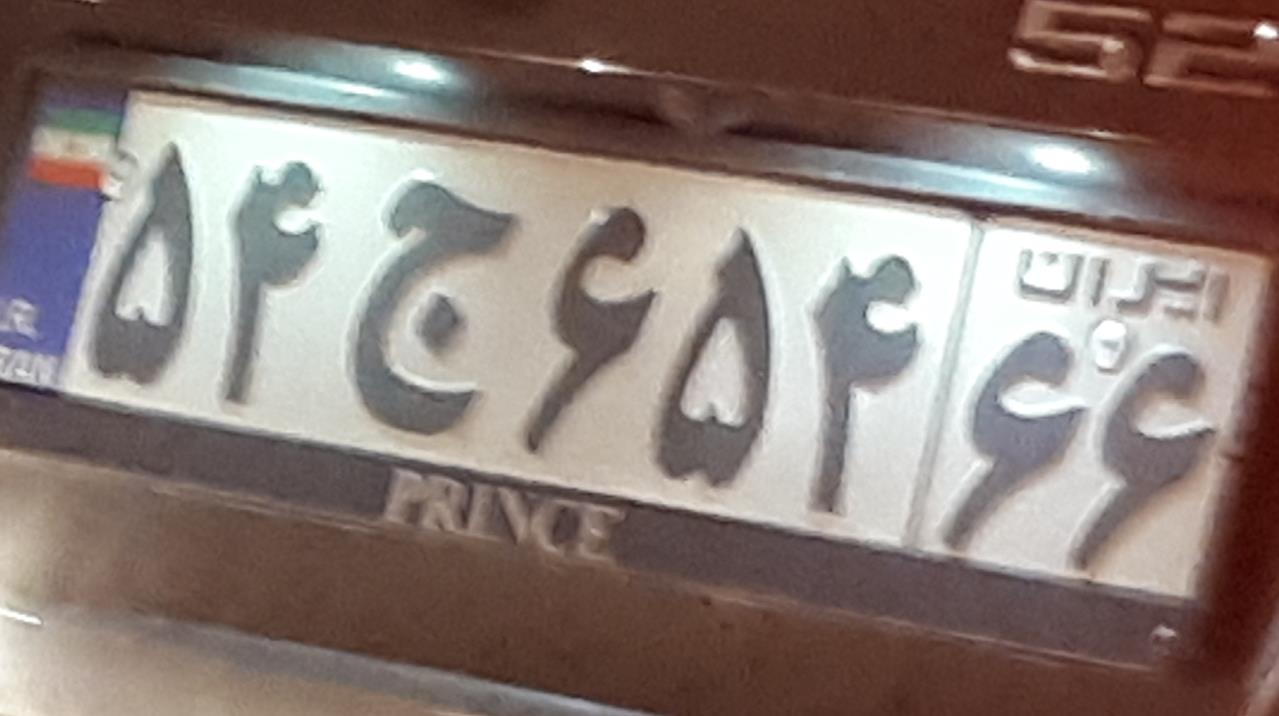
۵۴ج۶۵۴۶۶